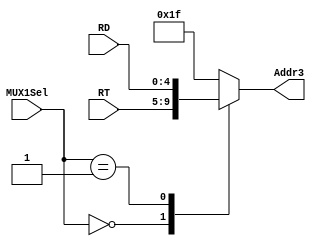
module mux1(
	RT, RD, MUX1Sel,

	Addr3
	);
	input[4:0] RT, RD;
	input[1:0] MUX1Sel;
	output reg[4:0] Addr3;

	always@(RT, RD, MUX1Sel)
		case(MUX1Sel)
			2'b00:	Addr3 = RT;	//rt
			2'b01:	Addr3 = RD;	//rd
			default:Addr3 = 5'h1f;			//31
		endcase

endmodule

module mux2(
	MUX6Out, CP0Out,
	MUX2Sel, MEM2_SCOut,

	WD
	);
	input [31:0] 		MUX6Out;
	input [31:0]		CP0Out;
	input [31:0]		MEM2_SCOut;
	input [2:0] 		MUX2Sel;

	output reg[31:0] 		WD;

	always@(*)
		case(MUX2Sel)
			3'b101:	WD = CP0Out;
			3'b111: WD = MEM2_SCOut;
			default:WD = MUX6Out;
		endcase

endmodule

module mux3(
	RD2, Imm32, MUX3Sel,

	B
	);
	input[31:0] RD2,Imm32;
	input MUX3Sel;
	output reg[31:0] B;

	always@(RD2, Imm32, MUX3Sel)
		case(MUX3Sel)
			1'b0:	B = RD2;
			default:B = Imm32;
		endcase

endmodule

module mux4(
	GPR_RS, data_EX, 
	data_MEM1, data_MEM2, MUX4Sel, 
	
	out
	);
	input[31:0] GPR_RS, data_EX, data_MEM1, data_MEM2;
	input[1:0] MUX4Sel;
	output reg[31:0] out;

	always@(GPR_RS, data_EX, data_MEM1, data_MEM2, MUX4Sel)
		case(MUX4Sel)
			2'b00, 2'b10:	out = GPR_RS;
			2'b01:	out = data_EX;
			default:out = data_MEM2;
		endcase

endmodule

module mux5(
	GPR_RT, data_EX, 
	data_MEM1, data_MEM2, MUX5Sel, 
	
	out
	);
	input[31:0] GPR_RT, data_EX, data_MEM1, data_MEM2;
	input[1:0] MUX5Sel;
	output reg[31:0] out;

	always@(GPR_RT, data_EX, data_MEM1, data_MEM2, MUX5Sel)
		case(MUX5Sel)
			2'b00, 2'b10:	out = GPR_RT;
			2'b01:	out = data_EX;
			default:out = data_MEM2;
		endcase

endmodule

module mux6(
	ALU1Out, MUX13Out, MUX6Sel,

	out
	);
	input[31:0] ALU1Out, MUX13Out;
	input 		MUX6Sel;
	output [31:0] 	out;

	assign out = MUX6Sel ? ALU1Out: MUX13Out;

endmodule

module mux7(
	WRSign, MUX7Sel,

	MUX7Out
	);
	input[22:0] WRSign;
	input MUX7Sel;
	output[22:0] MUX7Out;

	assign MUX7Out = MUX7Sel ? 23'h0 : WRSign;

endmodule

module mux8(
	GPR_RS, data_MEM1, data_MEM2, MUX8Sel, WD,
	
	out
	);
	input[31:0] GPR_RS, data_MEM1, data_MEM2, WD;
	input[1:0] MUX8Sel;
	output reg[31:0] out;
	

	always@(GPR_RS, data_MEM1, data_MEM2, MUX8Sel, WD)
		if(MUX8Sel == 2'b00)
			out = GPR_RS;
		else 
			case(MUX8Sel)
				2'b10:	out = data_MEM1;
				2'b11:	out = data_MEM2;
				default: out = WD;
			endcase
endmodule 

module mux9(
	GPR_RT, data_MEM1, data_MEM2, MUX9Sel, WD,
	
	out
	);
	input[31:0] GPR_RT, data_MEM1, data_MEM2, WD;
	input[1:0] MUX9Sel;
	output reg[31:0] out;
	
	always@(GPR_RT, data_MEM1, data_MEM2, MUX9Sel, WD)
		if(MUX9Sel == 2'b00)
			out = GPR_RT;
		else 
			case(MUX9Sel)
				2'b10:	out = data_MEM1;
				2'b11:	out = data_MEM2;
				default: out = WD;
			endcase

endmodule 

module mux10(WB_MUX2Out, WB_DMOut, WB_MUX2Sel, MUX10Out);
	input[31:0] WB_MUX2Out;
	input[31:0] WB_DMOut;
	input		WB_MUX2Sel;
	output[31:0] MUX10Out;

	assign MUX10Out = WB_MUX2Sel? WB_DMOut : WB_MUX2Out;
endmodule

module mux11(
	vpn2, alu1out, MUX11_Sel,

	out
);
	input [18:0] vpn2, alu1out;
	input MUX11_Sel;

	output [18:0] out;

	assign out = MUX11_Sel ? vpn2 : alu1out;
endmodule

module mux12 (
	index, random, MUX12_Sel,

	out
);
	input [1:0] index, random;
	input MUX12_Sel;

	output [1:0] out;

	assign out = MUX12_Sel ? index : random;

endmodule

module mux13(
	input [31:0] 	Imm32,
	input [31:0] 	PC,
	input [31:0] 	RHLOut,
	input [31:0]	MULOut,
	input [2:0] 	EX_MUX2Sel,
	output reg [31:0] MUX13Out
);

	always@(*)
		case(EX_MUX2Sel)
			3'b000:	MUX13Out = RHLOut;
			3'b001: MUX13Out = Imm32;
			3'b110: MUX13Out = MULOut;
			default:MUX13Out = PC + 8;
		endcase

	/*  case(MUX2Sel)
			3'b000:	WD = RHLOut;
			3'b001: WD = Imm32;
			3'b010: WD = ALU1Out;
			3'b011: WD = PC + 8;
			3'b100: WD = DMOut;
			3'b101: WD = CP0Out;
			3'b110: WD = MULOut;
			3'b111: WD = SCOut;
	*/


endmodule

module mux14(
	RD1, shamt, ALU1Sel, 
	
	A
	);
	input[31:0] RD1;
	input[4:0] shamt;
	input ALU1Sel;
	output reg[31:0] A;

	always@(RD1, shamt, ALU1Sel)
		case(ALU1Sel)
			1'b0:	A = RD1;
			default:A = {27'd0, shamt};
		endcase	

endmodule